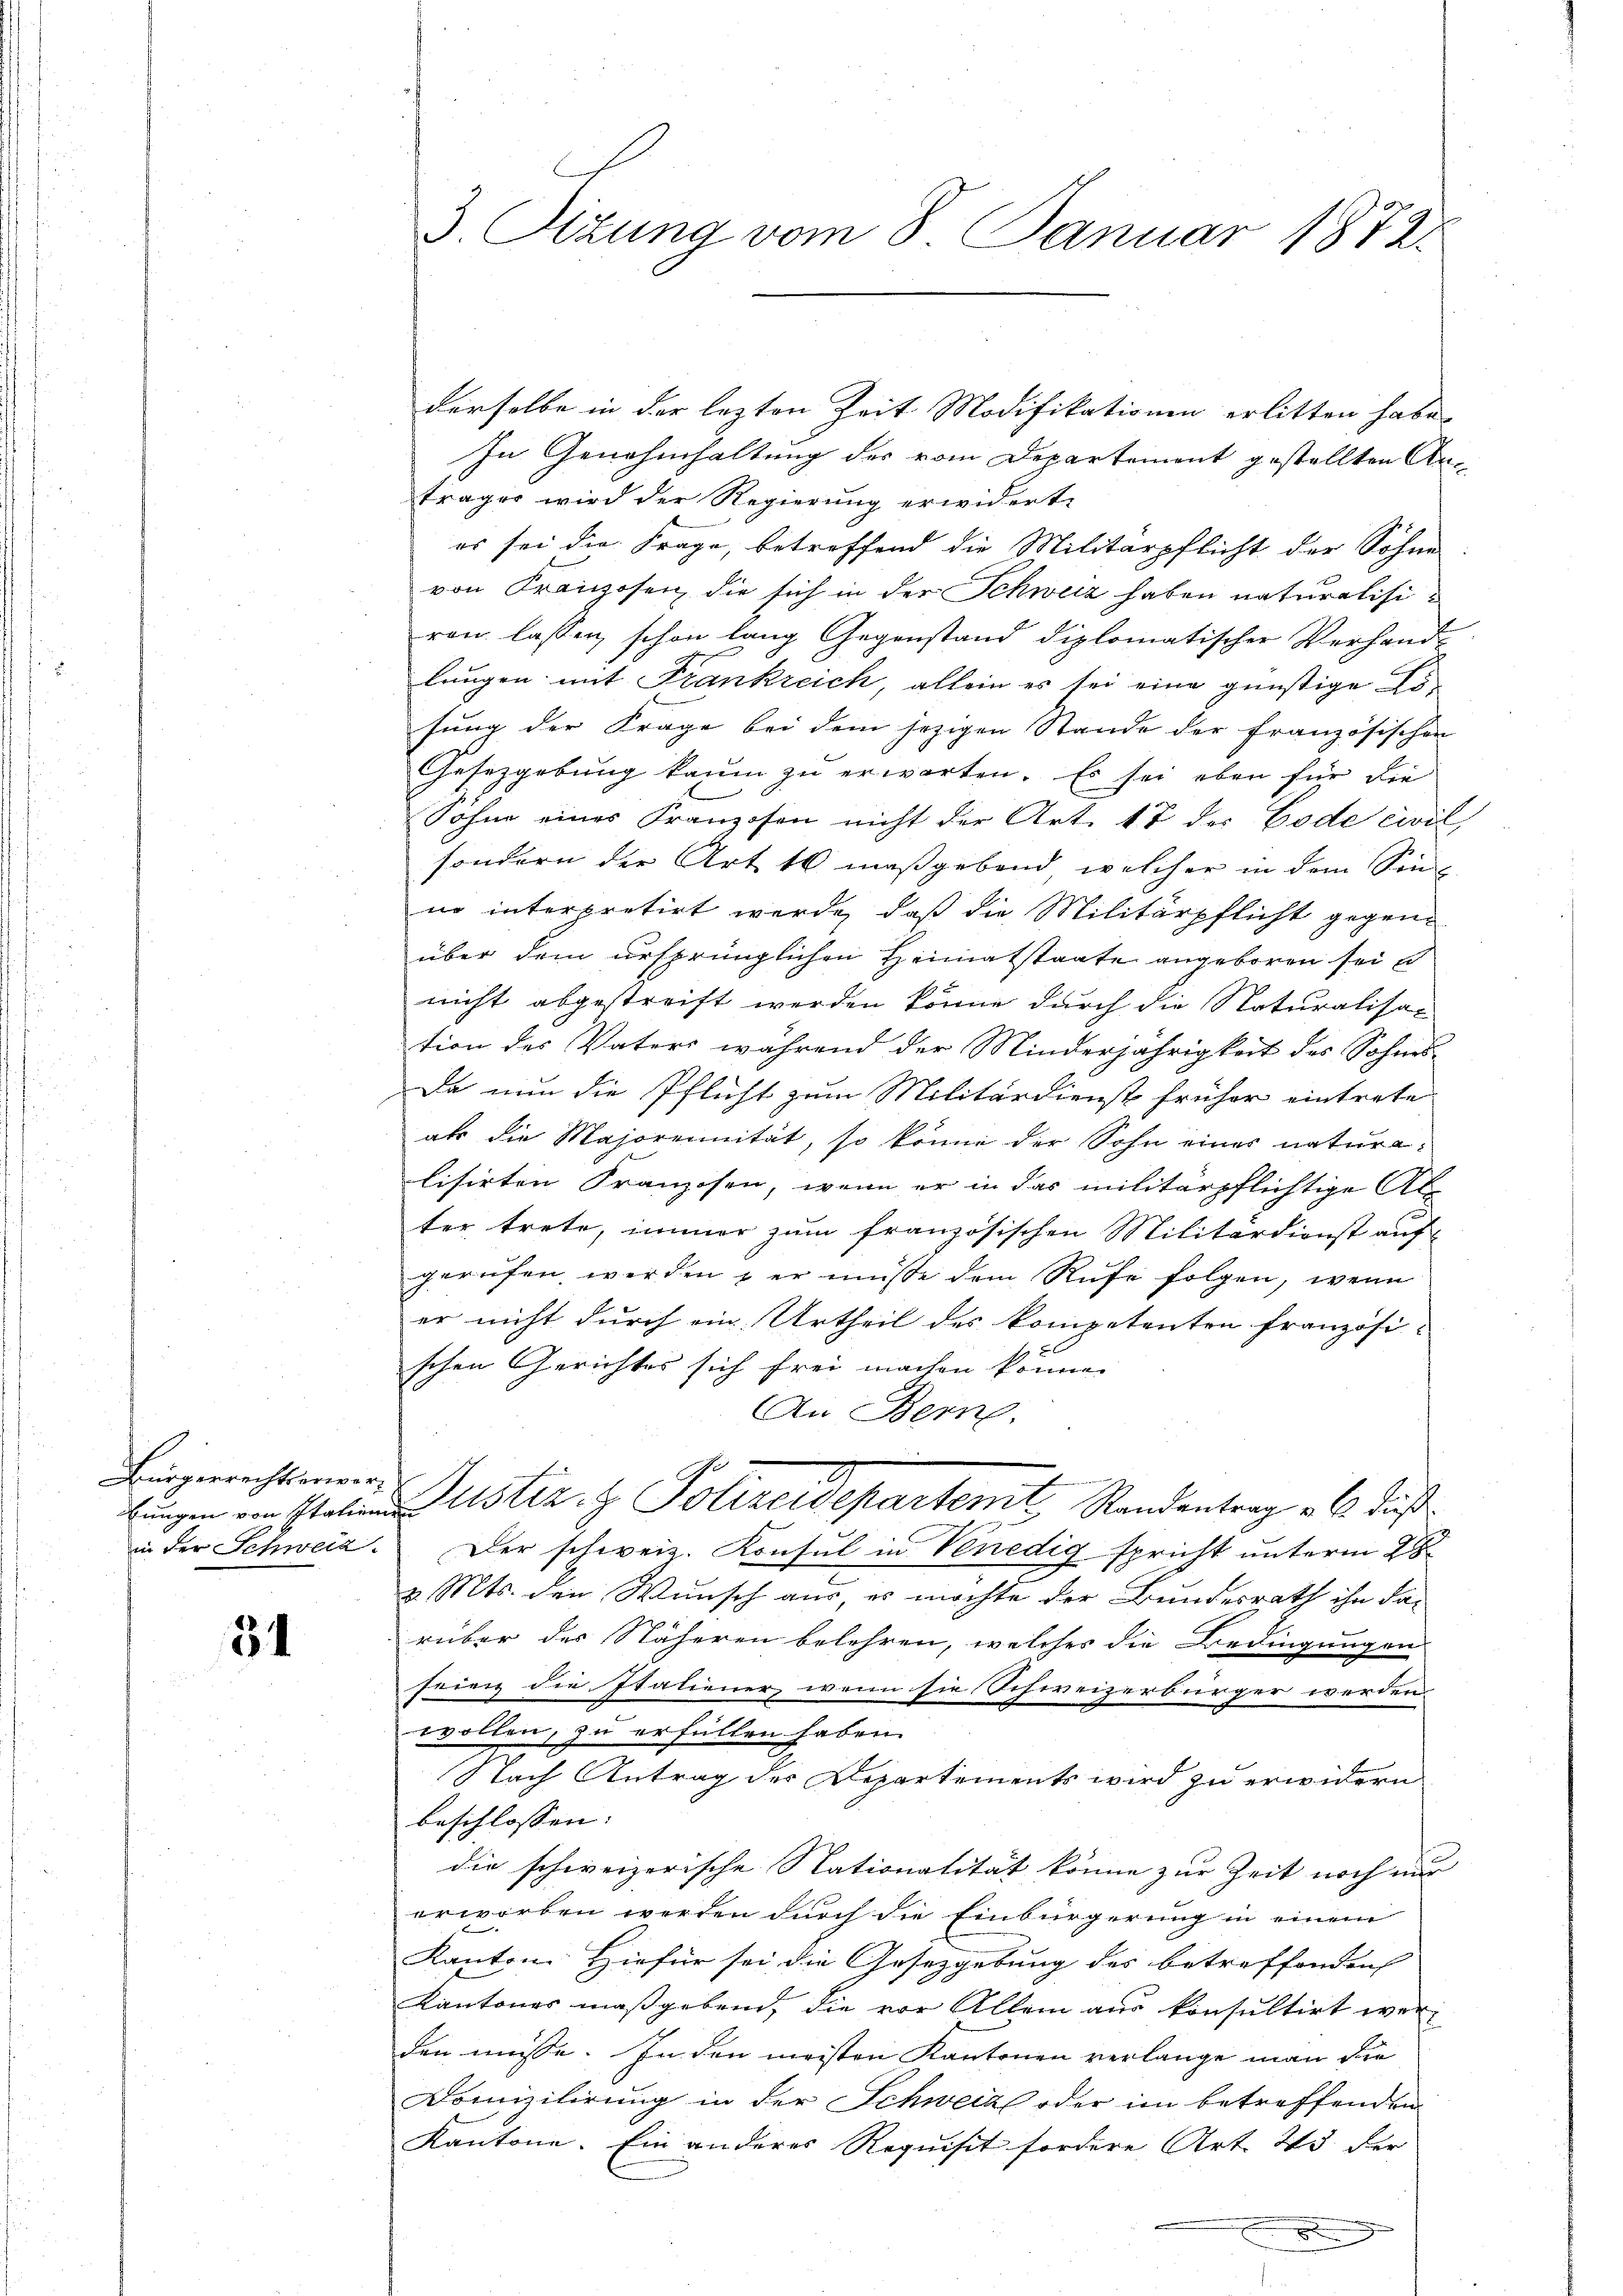
Burgerrechtieren
lungen von Italien
in der Schweiz.

51

3. Sizung vom 8. Januar 1872.

derselbe in der lezten Zeit Modifikationen erlitten habe.
In Genehmhaltung der vom Departement gestellten Antrages wird der Regierung erwiderte
es sei die Frage, betreffend die Militärpflicht der Sohne
von Kranzosen die sich in der Schweiz haben naturalisiren lassen, schon lang Gegenstand diplomatischer Verhand-
lungen mit Frankreich, allein es sei eine günstige Ersung der Frage bei dem jezigen Stande der französischen
Gesetzgebung kaum zu erwarten. Es sei eben für die
Söhne eines Franzosen nicht der Art. 17 des Code civil,
sondern der Art 10 maßgebend, welcher in dem Sinn
no interpretirt werde, daß die Militärpflicht gegenüber dem ursprünglichen Heimatstaate angeboren sei u
nicht abgestreift werden könne durch die Naturalisac
tion des Vaters während der Minderjährigkeit des Sohnes¬
Da nun die Pflicht zum Militärdienst früher eintrete
als die Majorennität, so könne der Sohn eines naturalisirten Franzosen, wenn er in das militärpflichtige Al
ter trete, immer zum französischen Militärdienst auf
gerufen werden, er müsse dem Rufe folgen, wenn
er nicht durch ein Urtheil des kompetenten französi-
schen Gerichtes sich frei machen könne.
An Bern.
Justiz & Polizeidepartemit Standentrag als dieß
ten
Der schweiz. Konsul in Venedig spricht unterm 28.
v. Mts. den Wunsch aus, es möchte der Bundesrath ihn da-
rüber der Näheren belehren, welches die Bedingungen
sein die Italiener, wenn sie Schweizerbürger werden.
wollen, zu erfüllen haben.
Nach Antrag der Departements wird zu erwidern
beschlossen: |
die schweizerische Nationalität könne zur Zeit noch nur
erworben werden durch die Einbürgerung in einem
Kanton. Hiefür sei die Gesetzgebung des betreffenden |
Kantones maßgebend, die vor Allem aus konsultirt wer-
den müsse. In den meisten Kantonen verlange man die
Domizilirung in der Schweize oder im betreffenden
Kantone. Ein anderes Requisit fordere Art. 23 der
x